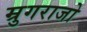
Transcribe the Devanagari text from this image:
म्रुगराजो